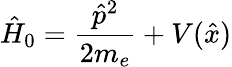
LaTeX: \hat{H}_{0}=\frac{\hat{p}^{2}}{2m_{e}}+V(\hat{x})